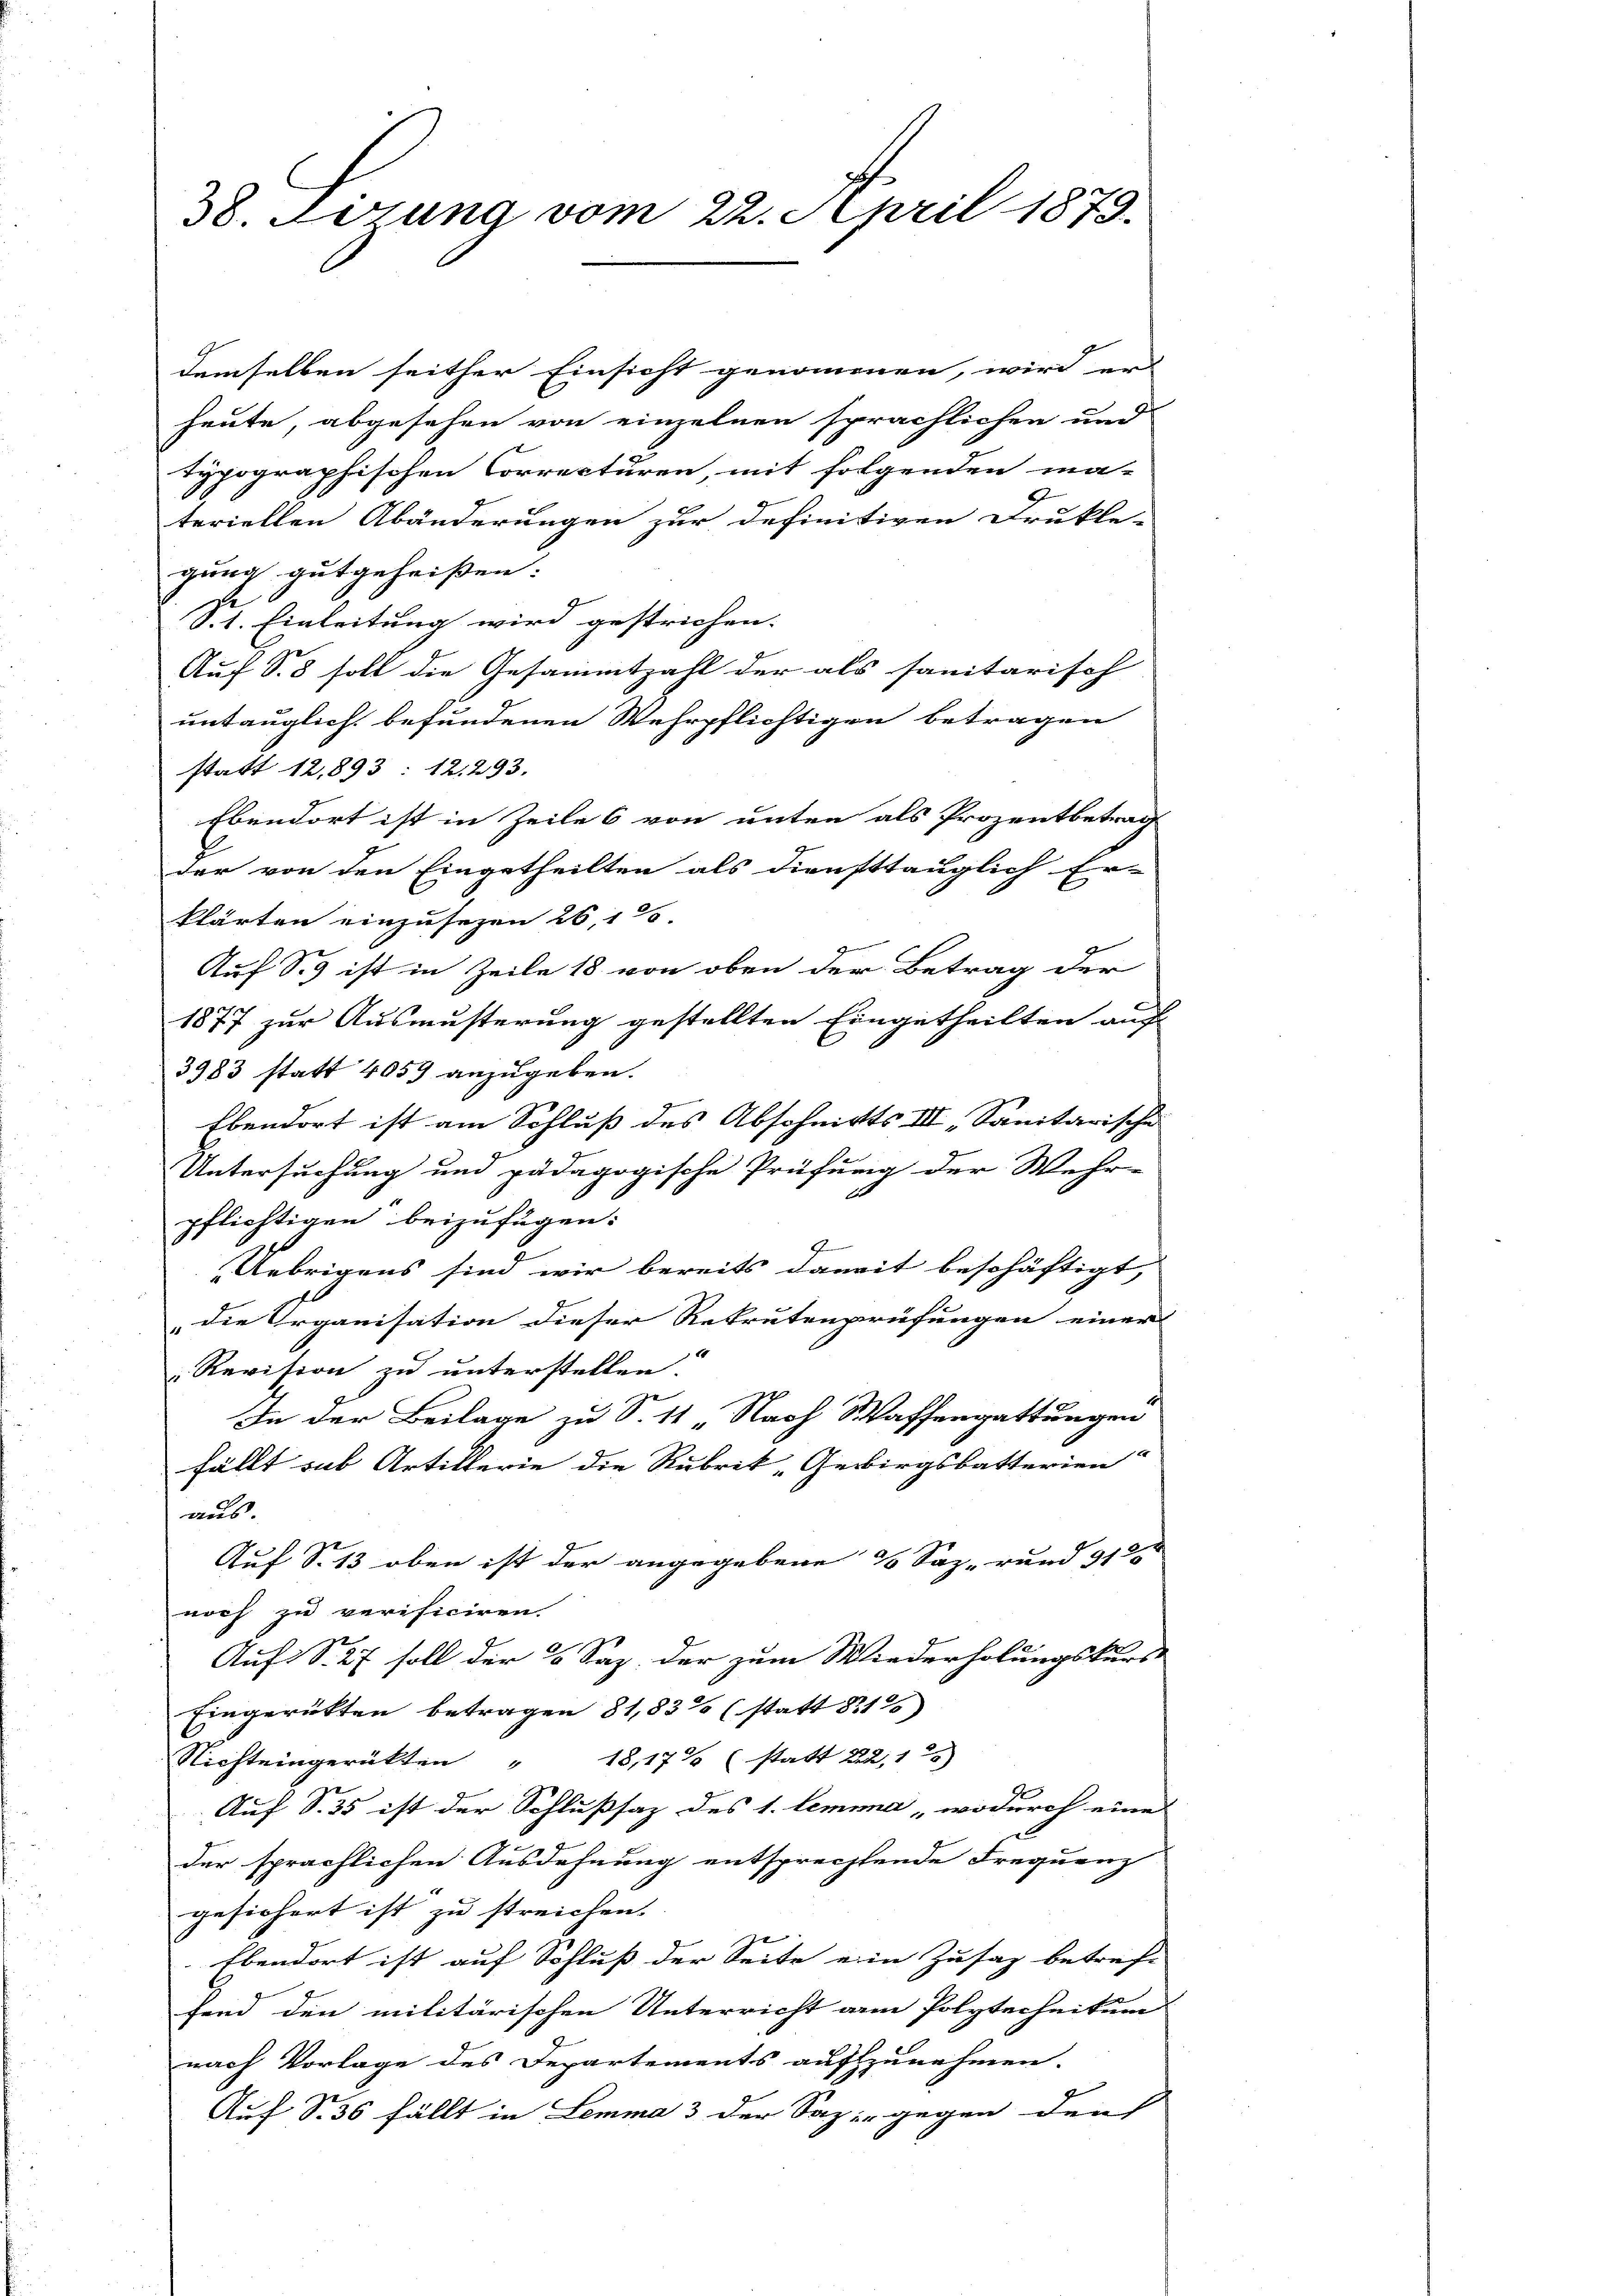
38. Vorzung vom 22. April 1879.

demselben seither Einsicht genommen, wird er-
heute, abgesehen von einzelnen sprachlichen und
typographischen Correcturen, mit folgenden ma-
teriellen Abänderungen zur definitiven Drukle-
gung gutgeheißen:
St. Einleitung wird gestrichen.
Auf S. 3 soll die Gesammtzahl der als sanitarisch
untauglich befundenen Wehrpflichtigen betragen
statt 12,893: 12. 293.
Ebendort ist in Zeile 6 von unten als Prozentbetrag
der von den Eingetheilten als diensttauglich Er-
klärten einzusehen 26, 125
Auf S. 9 ist in Zeile 18 von oben der Betrag der
1877 zur Ausmusterung gestellten Eingetheilten auf
3983 statt 4059 anzugeben.
Ebendort ist am Schluß des Abschnitts III, Sanitärische
Untersuchung und pädagogische Prüfung der Wehr-
d
pflichtigen beizufügen:
I
Uebrigens sind wir bereits damit beschäftigt,
die Organisation dieser Rekrutenprüfungen einer
Revision zu unterstellen.
In der Beilage zu S. 11 Nach Waffengattungen
fällt sub Artillerie die Rubrik „Gebirgsbatterien.
aus.
Auf S. 13 oben ist der angegebene & Saz. rund 9125
noch zu verificiren.
Auf S. 27 soll der 3 Saz der zum Wiederholungskurs-
Eingerückten betragen 81,83% (statt 82125)
Nichteingerükten " 18,17% (statt 22,15)
Auf S. 35 ist der Schlußsaz des 1. lemma, wodurch eine
der sprächlichen Ausdehnung entsprechtende Frequenz
gesichert ist zu streichen.
Ebendort ist auf Schluß der Seite ein Zusaz betref-
fend den militärischen Unterricht am Polytechnitung
nach Vorlage des Departements aufzunehmen.
Auf S. 35 fällt in Lemma 3 der Sazi gegen den